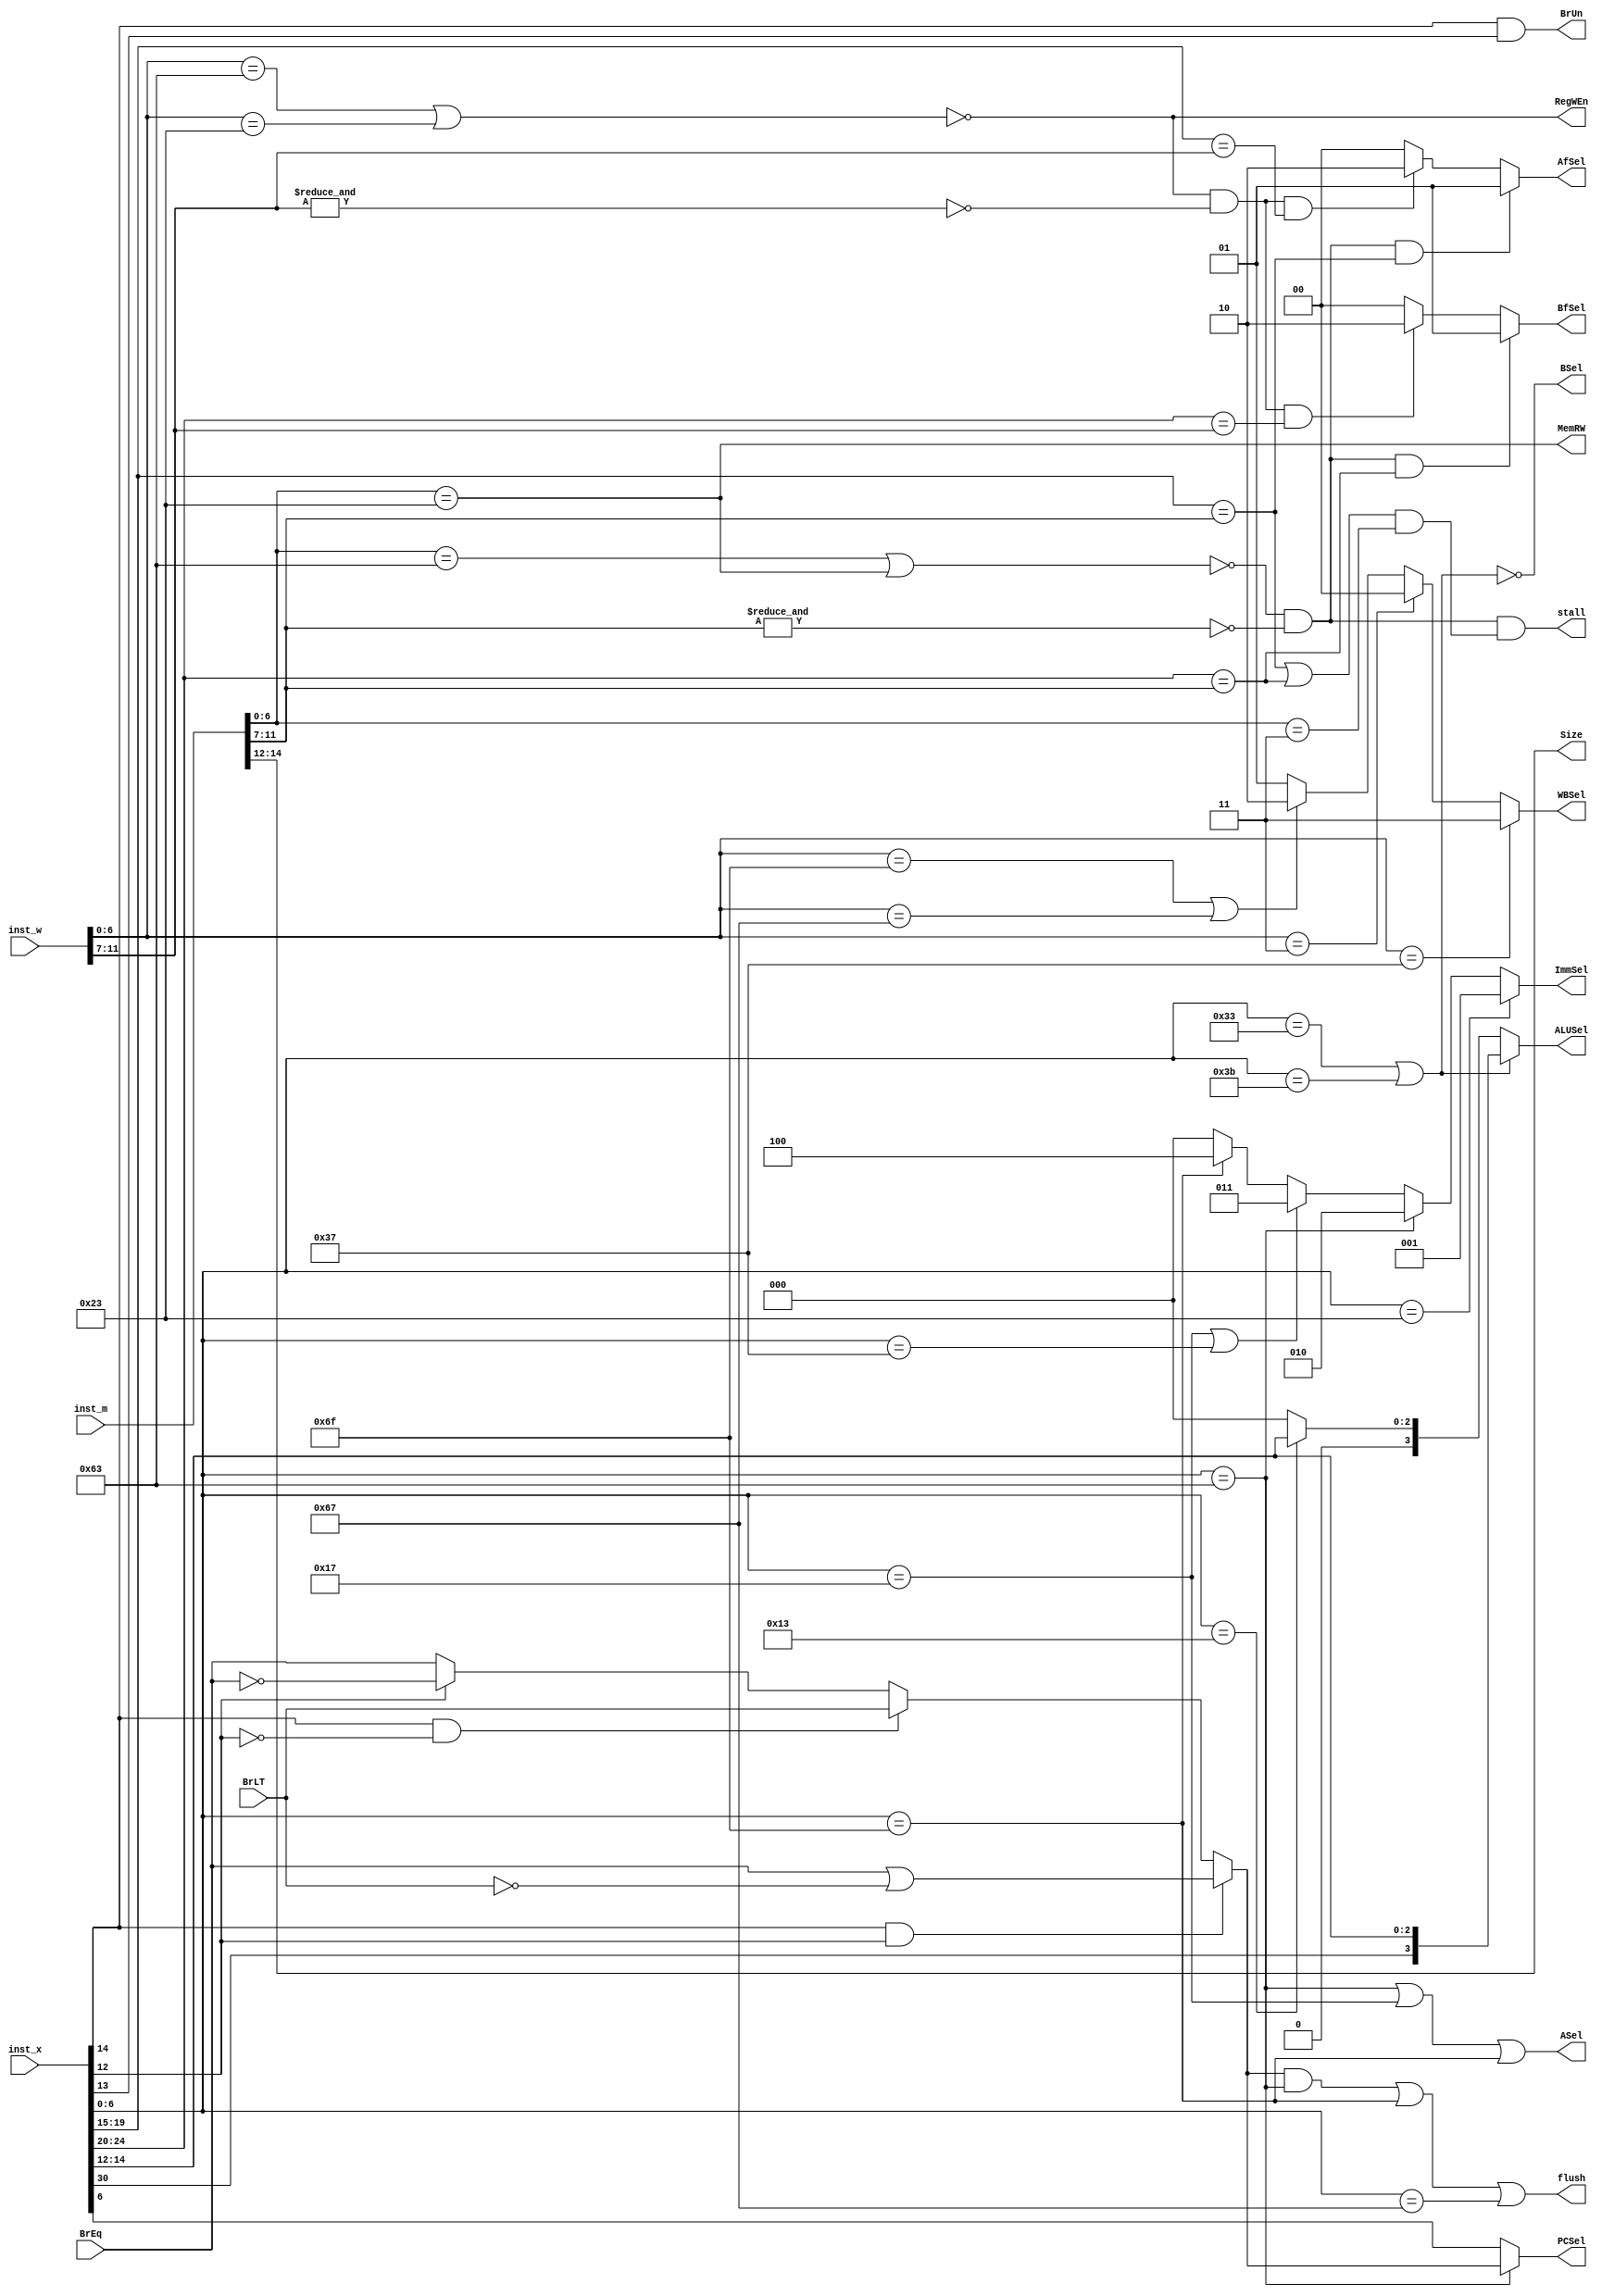
module controller_pipelined #(parameter AWIDTH=32, DWIDTH=32 )
(	
	input			BrEq, BrLT,
	input	[DWIDTH-1:0]	inst_x,
	input	[DWIDTH-1:0]	inst_m,
	input	[DWIDTH-1:0]	inst_w,
	
	output	           	PCSel,
	output		[2:0]	ImmSel,
	output  		RegWEn,
	output  		BrUn,
	output  		ASel, BSel,
	output  	[1:0]	AfSel, BfSel,
	output		[3:0]	ALUSel,
	output			MemRW,
	output		[1:0]	WBSel,
	output			stall,
	output			flush,
	output		[2:0]	Size
);
	// instruction types based on opcode
	localparam	rtype1 = 7'b0110011, rtype2 = 7'b0111011, 
			itype1 = 7'b0000011, itype2 = 7'b0001111,
			itype3 = 7'b0010011, itype4 = 7'b0011011,
			itype5 = 7'b1100111, itype6 = 7'b1110011,
			stype  = 7'b0100011, sbtype = 7'b1100011,
			utype1 = 7'b0010111, utype2 = 7'b0110111,
			ujtype = 7'b1101111;
			
	wire [6:0] opcode_x,opcode_m,opcode_w;
	wire [2:0] func3_x,func3_m,func3_w;
	wire BrTrue;
	assign opcode_x = inst_x [6:0];
	assign func3_x  = inst_x [14:12];
	assign opcode_m = inst_m [6:0];
	assign func3_m  = inst_m [14:12];
	assign opcode_w = inst_w [6:0];
	assign func3_w  = inst_w [14:12];
	
	//assign func7[5] = inst [30];
	/////////////////// IE - stage ///////////////////
	assign BrTrue	= (func3_x[2]&func3_x[0])? (BrEq || !BrLT)
			: (func3_x[2]&!func3_x[0])? BrLT
			:  func3_x[0]?		!BrEq
			:			BrEq;
	
	assign BrUn	= func3_x[2] & func3_x[1];
	assign ALUSel 	= (opcode_x==rtype1||opcode_x==rtype2)?{inst_x[30],func3_x} 
			: (opcode_x==itype3)?			{1'b0,func3_x}
			:					4'b0;
	assign ASel 	= (opcode_x==sbtype||opcode_x==utype1||opcode_x==ujtype);
	assign BSel	= !(opcode_x==rtype1||opcode_x==rtype2);				
	assign ImmSel 	= (opcode_x==stype)?			3'b001
			: (opcode_x==sbtype)?			3'b010
			: (opcode_x==utype1||opcode_x==utype2)? 3'b011
			: (opcode_x==ujtype)?			3'b100
			:					3'b000;
	
	/////////////////// MEM - stage ///////////////////
	assign MemRW	= (opcode_m==stype);
	assign Size	= func3_m;
	
	/////////////////// WB - stage ///////////////////	 
	assign WBSel	= (opcode_w==utype2)?			2'b11
			: (opcode_w==itype1)?			2'b00
			: (opcode_w==ujtype||opcode_w==itype5)? 2'b10
			:					2'b01;
	assign RegWEn	= !(opcode_w==sbtype||opcode_w==stype);
	
	//////////////// depends on branch//////	
	assign PCSel	= (opcode_x==sbtype)? BrTrue : opcode_x[6];
 
	//////////////// Forwarding muxer selection//////
	//wire x_have_rs1 = !(opcode_x==utype1||opcode_x==utype2||opcode_x==ujtype)&&!(opcode_x==0);
	//wire x_have_rs2 = (opcode_x==rtype1||opcode_x==rtype2||opcode_x==stype||opcode_x==sbtype)&&!(opcode_x==0);
	wire w_have_rd,m_have_rd; 
	assign m_have_rd  = !(opcode_m==sbtype||opcode_m==stype)&&!(&inst_m[11:7]);
	assign w_have_rd  = !(opcode_w==sbtype||opcode_w==stype)&&!(&inst_w[11:7]);
	
	assign AfSel 	= (m_have_rd&&(inst_x[19:15]==inst_m[11:7]))?	2'b01 // rs1_x=rd_m;
			: (w_have_rd&&(inst_x[19:15]==inst_w[11:7]))?	2'b10 // rs1_x=rd_w;
			:						2'b00; 
	assign BfSel 	= (m_have_rd&&(inst_x[24:20]==inst_m[11:7]))?	2'b01
			: (w_have_rd&&(inst_x[24:20]==inst_w[11:7]))?	2'b10
			:						2'b00;
	//////////////// stalling signal for load type//////
	assign stall 	= m_have_rd&&(inst_x[19:15]==inst_m[11:7]||inst_x[24:20]==inst_m[11:7])&(opcode_m==itype1); // rs1_x=rd_m; 
	
	//////////////// flushing for taken branch//////
	assign flush 	= (BrTrue&&(opcode_x==sbtype))||(opcode_x==ujtype)||(opcode_x==itype5); // rs1_x=rd_m; 

endmodule